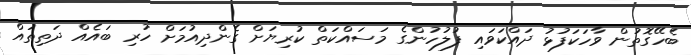
ބެހޭގޮތުން ވާހަކަފުޅު ދައްކަވައި ފުލުހުންގެ މަސައްކަތް ކުރިޔަށް ގެންދިއުމަށް ހުރި ބައެއް ދަތިތައް